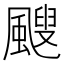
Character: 颼